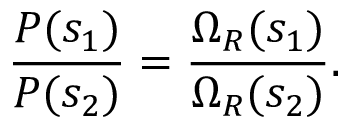
{ \frac { P ( s _ { 1 } ) } { P ( s _ { 2 } ) } } = { \frac { \Omega _ { R } ( s _ { 1 } ) } { \Omega _ { R } ( s _ { 2 } ) } } .